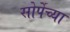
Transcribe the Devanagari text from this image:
सोर्पेच्या